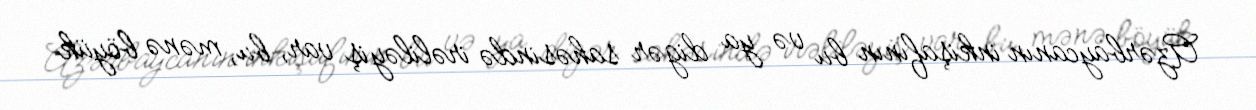
Azərbaycanın inkişafının bu və ya digər sahəsində irəliləyiş var, bu, mənə böyük